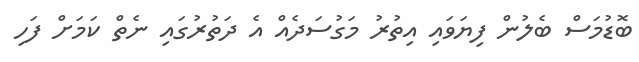
ބޮޑުމަސް ބެލުން ފިޔަވައި އިތުރު މަގުސަދެއް އެ ދަތުރުގައި ނެތް ކަމަށް ފަހި